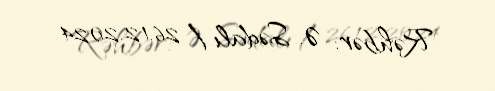
Rəhbər: Ə. Sədalı / 26.12.2024